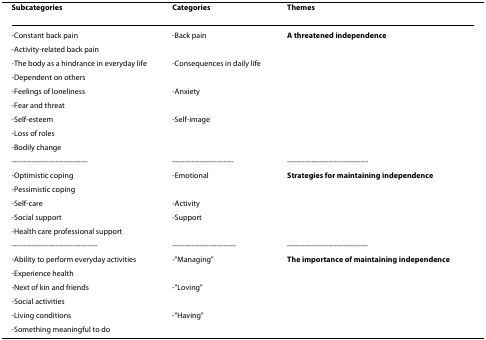
| Subcategories | Categories | Themes |
 | --- | --- | --- |
 | -Constant back pain | -Back pain | A threatened independence |
 | -Activity-related back pain |  |  |
 | -The body as a hindrance in everyday life | -Consequences in daily life |  |
 | -Dependent on others |  |  |
 | -Feelings of loneliness | -Anxiety |  |
 | -Fear and threat |  |  |
 | -Self-esteem | -Self-image |  |
 | -Loss of roles |  |  |
 | -Bodily change |  |  |
 | ------------------------------- | ------------------------- | --------------------------------- |
 | -Optimistic coping | -Emotional | Strategies for maintaining independence |
 | -Pessimistic coping |  |  |
 | -Self-care | -Activity |  |
 | -Social support | -Support |  |
 | -Health care professional support |  |  |
 | ----------------------------------- | -------------------------- | --------------------------------- |
 | -Ability to perform everyday activities | -"Managing" | The importance of maintaining independence |
 | -Experience health |  |  |
 | -Next of kin and friends | -"Loving" |  |
 | -Social activities |  |  |
 | -Living conditions | -"Having" |  |
 | -Something meaningful to do |  |  |